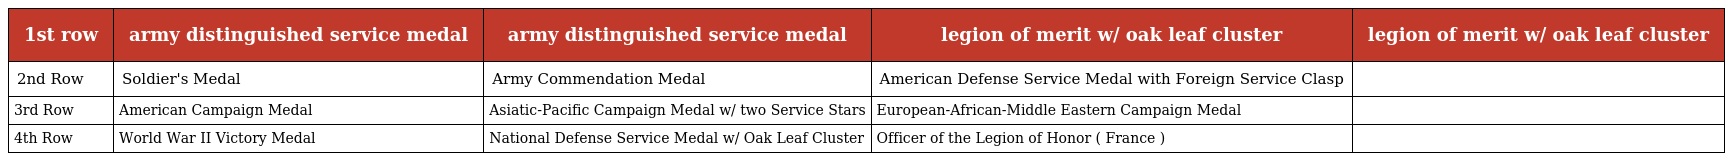
| 1st row | army distinguished service medal | army distinguished service medal | legion of merit w/ oak leaf cluster | legion of merit w/ oak leaf cluster |
 | --- | --- | --- | --- | --- |
 | 2nd Row | Soldier's Medal | Army Commendation Medal | American Defense Service Medal with Foreign Service Clasp |  |
 | 3rd Row | American Campaign Medal | Asiatic-Pacific Campaign Medal w/ two Service Stars | European-African-Middle Eastern Campaign Medal |  |
 | 4th Row | World War II Victory Medal | National Defense Service Medal w/ Oak Leaf Cluster | Officer of the Legion of Honor ( France ) |  |